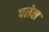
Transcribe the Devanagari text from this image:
पलेल